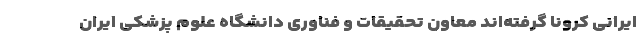
ایرانی کرونا گرفته‌اند معاون تحقیقات و فناوری دانشگاه علوم پزشکی ایران